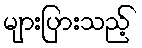
များပြားသည့်